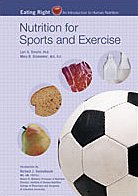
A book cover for Nutrition for Sports and Excercise**OUT OF PRINT**; Lori A. Smolin; Teen & Young Adult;